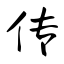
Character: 传